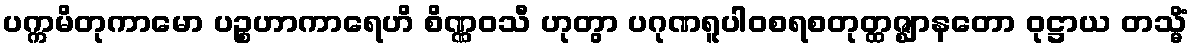
ပက္ကမိတုကာမော ပဉ္စဟာကာရေဟိ စိဏ္ဏဝသီ ဟုတွာ ပဂုဏရူပါဝစရစတုတ္ထဇ္ဈာနတော ဝုဋ္ဌာယ တသ္မိံ